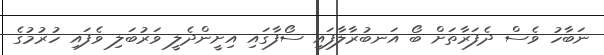
ނަބާހު ވެސް ދެފަރާތަށް ބޯ އަނބުރާލާފައި ސޯފާގައި އިށީންދެލީ ވަރުބަލި ވެފައި ހުރުމުގެ